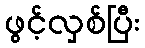
ဖွင့်လှစ်ပြီး